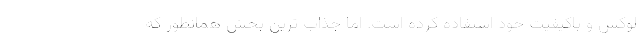
لوکس و باکیفیت خود استفاده کرده است. اما جذاب ترین بخش همانطور که